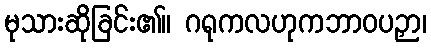
မုသားဆိုခြင်း၏။ ဂရုကလဟုကဘာဝပဉှာ၊